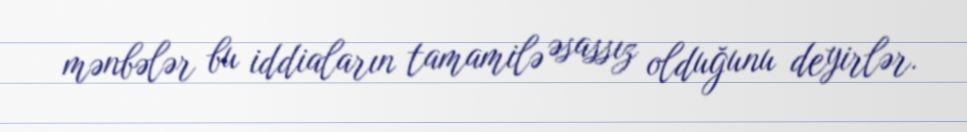
mənbələr bu iddiaların tamamilə əsassız olduğunu deyirlər.